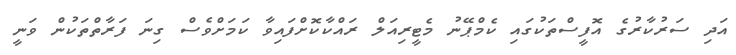
އަދި ސަރުކާރުގެ އޮފީސްތަކުގައި ކެމްޕޭނު މެޓީރިއަލް ރައްކާކޮށްފައިވާ ކަމަށްވެސް ގިނަ ފަރާތްތަކުން ވަނީ